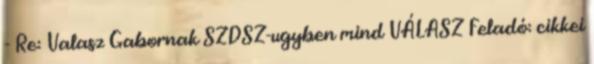
- Re: Valasz Gabornak SZDSZ-ugyben mind VÁLASZ Feladó: cikkei